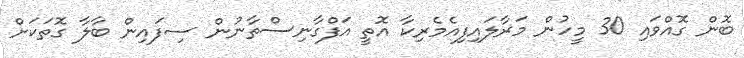
ބޮން ގޮއްވައި 30 މީހުން މަރާލައިފިއެމެރިކާ އޮތީ އަފްގާނިސްތާނުން ސިފައިން ބާލާ ގޮތަކަށް